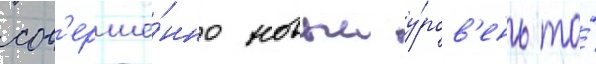
сов'ерше́нно новыи у́ров'ень то́